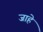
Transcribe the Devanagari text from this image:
जाहे